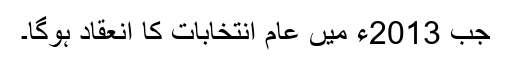
جب 2013ء میں عام انتخابات کا انعقاد ہوگا۔